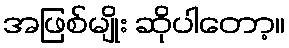
အဖြစ်မျိုး ဆိုပါတော့။